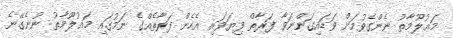
މަޢުލޫމާތު ނެންގެވުމަށް ވަޑައިގަންނަވާ ފަރާތް ފިޔަވައި އެހެން ފަރާތެއްގެ ނަމުގައި މަޢުލޫމާތު ނުނެގޭނެ